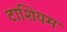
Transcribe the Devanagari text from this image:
टाशियम